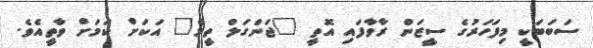
ސަބަބަކީ މިފަހަރުގެ ސީޒަން ރާވާފައި އޮތީ "ޖަންގަލް ތީމް" އަކަށް ކަމަށް ވާތީއެވެ.